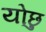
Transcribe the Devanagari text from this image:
योछु